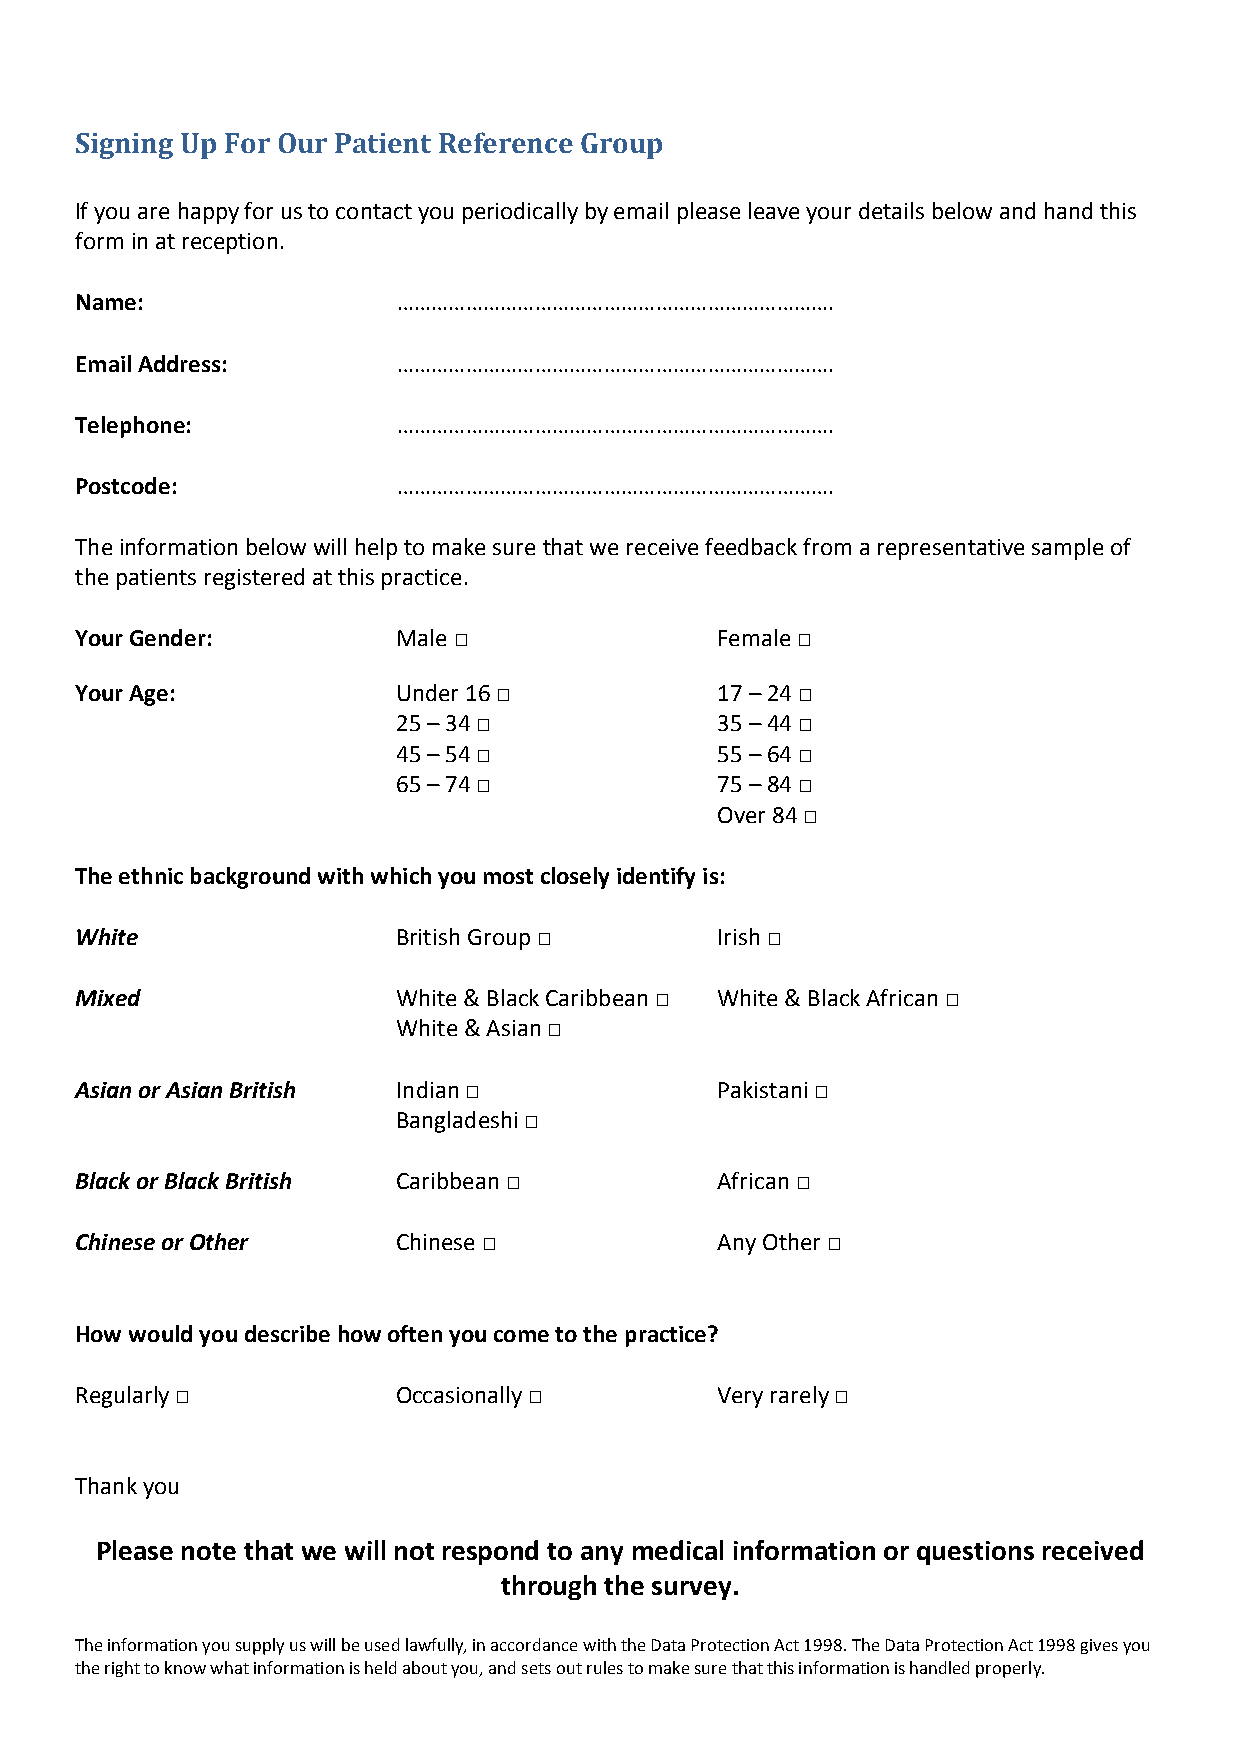
Signing Up For Our Patient Reference Group
 If you are happy for us to contact you periodically by email please leave your details below and hand this
 form in at reception.
 Name:                ………………………………………………………………….
 Email Address:       ………………………………………………………………….
 Telephone:           ………………………………………………………………….
 Postcode:            ………………………………………………………………….
 The information below will help to make sure that we receive feedback from a representative sample of
 the patients registered at this practice.
 Your Gender:         Male □               Female □
 Your Age:            Under 16 □           17 – 24 □
 25 – 34 □            35 – 44 □
 45 – 54 □            55 – 64 □
 65 – 74 □            75 – 84 □
 Over 84 □
 The ethnic background with which you most closely identify is:
 White                British Group □      Irish □
 Mixed                White & Black Caribbean □ White & Black African □
 White & Asian □
 Asian or Asian British Indian □           Pakistani □
 Bangladeshi □
 Black or Black British Caribbean □        African □
 Chinese or Other     Chinese □            Any Other □
 How would you describe how often you come to the practice?
 Regularly □          Occasionally □       Very rarely □
 Thank you
 Please note that we will not respond to any medical information or questions received
 through the survey.
 The information you supply us will be used lawfully, in accordance with the Data Protection Act 1998. The Data Protection Act 1998 gives you
 the right to know what information is held about you, and sets out rules to make sure that this information is handled properly.